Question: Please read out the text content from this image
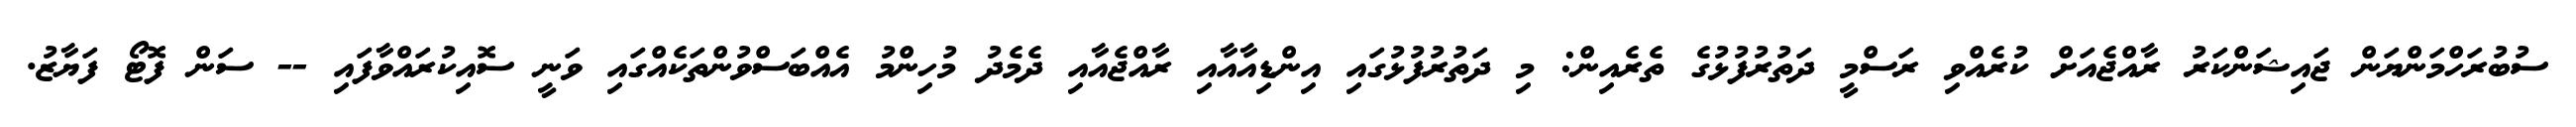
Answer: ސުބުރަހްމަންޔަން ޖައިޝަންކަރު ރާއްޖެއަށް ކުރެއްވި ރަސްމީ ދަތުރުފުޅުގެ ތެރެއިން: މި ދަތުރުފުޅުގައި އިންޑިއާއާއި ރާއްޖެއާއި ދެމެދު މުހިންމު އެއްބަސްވުންތަކެއްގައި ވަނީ ސޮއިކުރައްވާފައި -- ސަން ފޮޓޯ ފަޔާޒު.